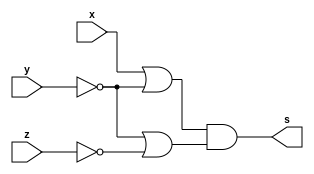
module fxyz (output s,
input x, y, z);
assign s = (x|~y)&(~y|~z); //( x + y' ) . ( y' + z')
endmodule // fxyz

module e1;
reg x, y, z;
wire s;
// instancias
fxyz FXY (s, x, y, z);
// valores iniciais
initial begin: start
x=1'bx; y=1'bx; z=1'bx;// indefinidos
end
// parte principal
initial begin: main
// identificacao
$display("Test boolean expression");
$display("\n s = ( x + y' ) . ( y' + z')\n");
// monitoramento
$display(" x  y  z =  resposta ");
$monitor("%2b %2b %2b =  %2b", x, y, z, s);
// sinalizacao
#1 x=0; y=0; z=0;
#1 x=0; y=0; z=1;
#1 x=0; y=1; z=0;
#1 x=0; y=1; z=1;
#1 x=1; y=0; z=0;
#1 x=1; y=0; z=1;
#1 x=1; y=1; z=0;
#1 x=1; y=1; z=1;
end
endmodule // test_module